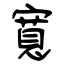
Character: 寬